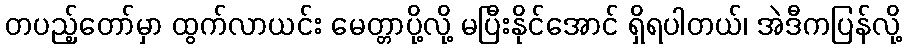
တပည့်တော်မှာ ထွက်လာယင်း မေတ္တာပို့လို့ မပြီးနိုင်အောင် ရှိရပါတယ်၊ အဲဒီကပြန်လို့